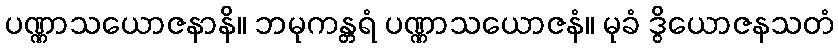
ပဏ္ဏာသယောဇနာနိ။ ဘမုကန္တရံ ပဏ္ဏာသယောဇနံ။ မုခံ ဒွိယောဇနသတံ